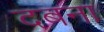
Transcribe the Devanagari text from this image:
दबना